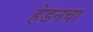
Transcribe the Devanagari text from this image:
हेडनचा